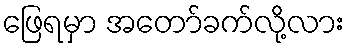
ဖြေရမှာ အတော်ခက်လို့လား